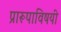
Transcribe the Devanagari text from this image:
प्रारूपाविषयी